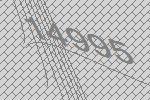
14995